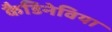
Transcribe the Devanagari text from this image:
कैडिनेविया